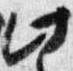
此